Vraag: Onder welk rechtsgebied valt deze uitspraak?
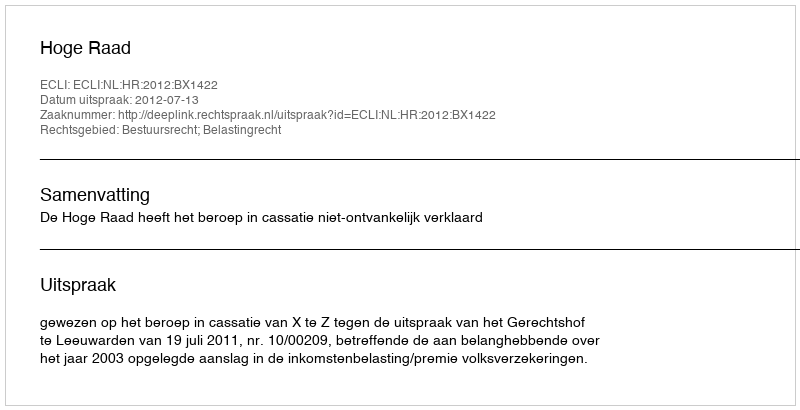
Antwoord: Bestuursrecht; Belastingrecht